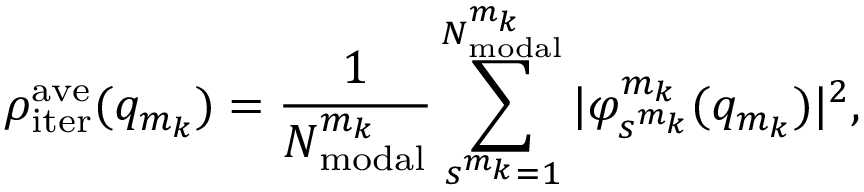
\rho _ { \mathrm { i t e r } } ^ { \mathrm { a v e } } ( q _ { m _ { k } } ) = \frac { 1 } { N _ { \mathrm { m o d a l } } ^ { m _ { k } } } \sum _ { s ^ { m _ { k } } = 1 } ^ { N _ { \mathrm { m o d a l } } ^ { m _ { k } } } | \varphi _ { s ^ { m _ { k } } } ^ { m _ { k } } ( q _ { m _ { k } } ) | ^ { 2 } ,